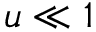
u \ll 1